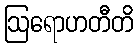
ဩရောဟတီတိ